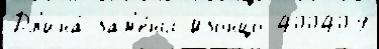
Дл'ина́ зам'е́ны Изонцо 400409